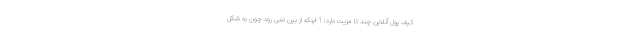
کیف پول آنلاین چند تا مزیت دارد: 1-اینکه از بین نمی رود چون به شکل